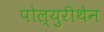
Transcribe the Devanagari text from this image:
पोल्युरीथेन